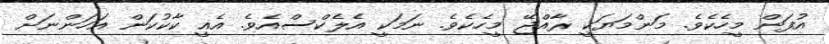
އުފަން މީހެކެވެ. މަންމަޔަކީ ރާއްޖޭ މީހެކެވެ. ނަމަކީ އެލެކްސްއެވެ. އެއީ ކާކުކަން އަހަންނަށް